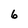
Character: 6